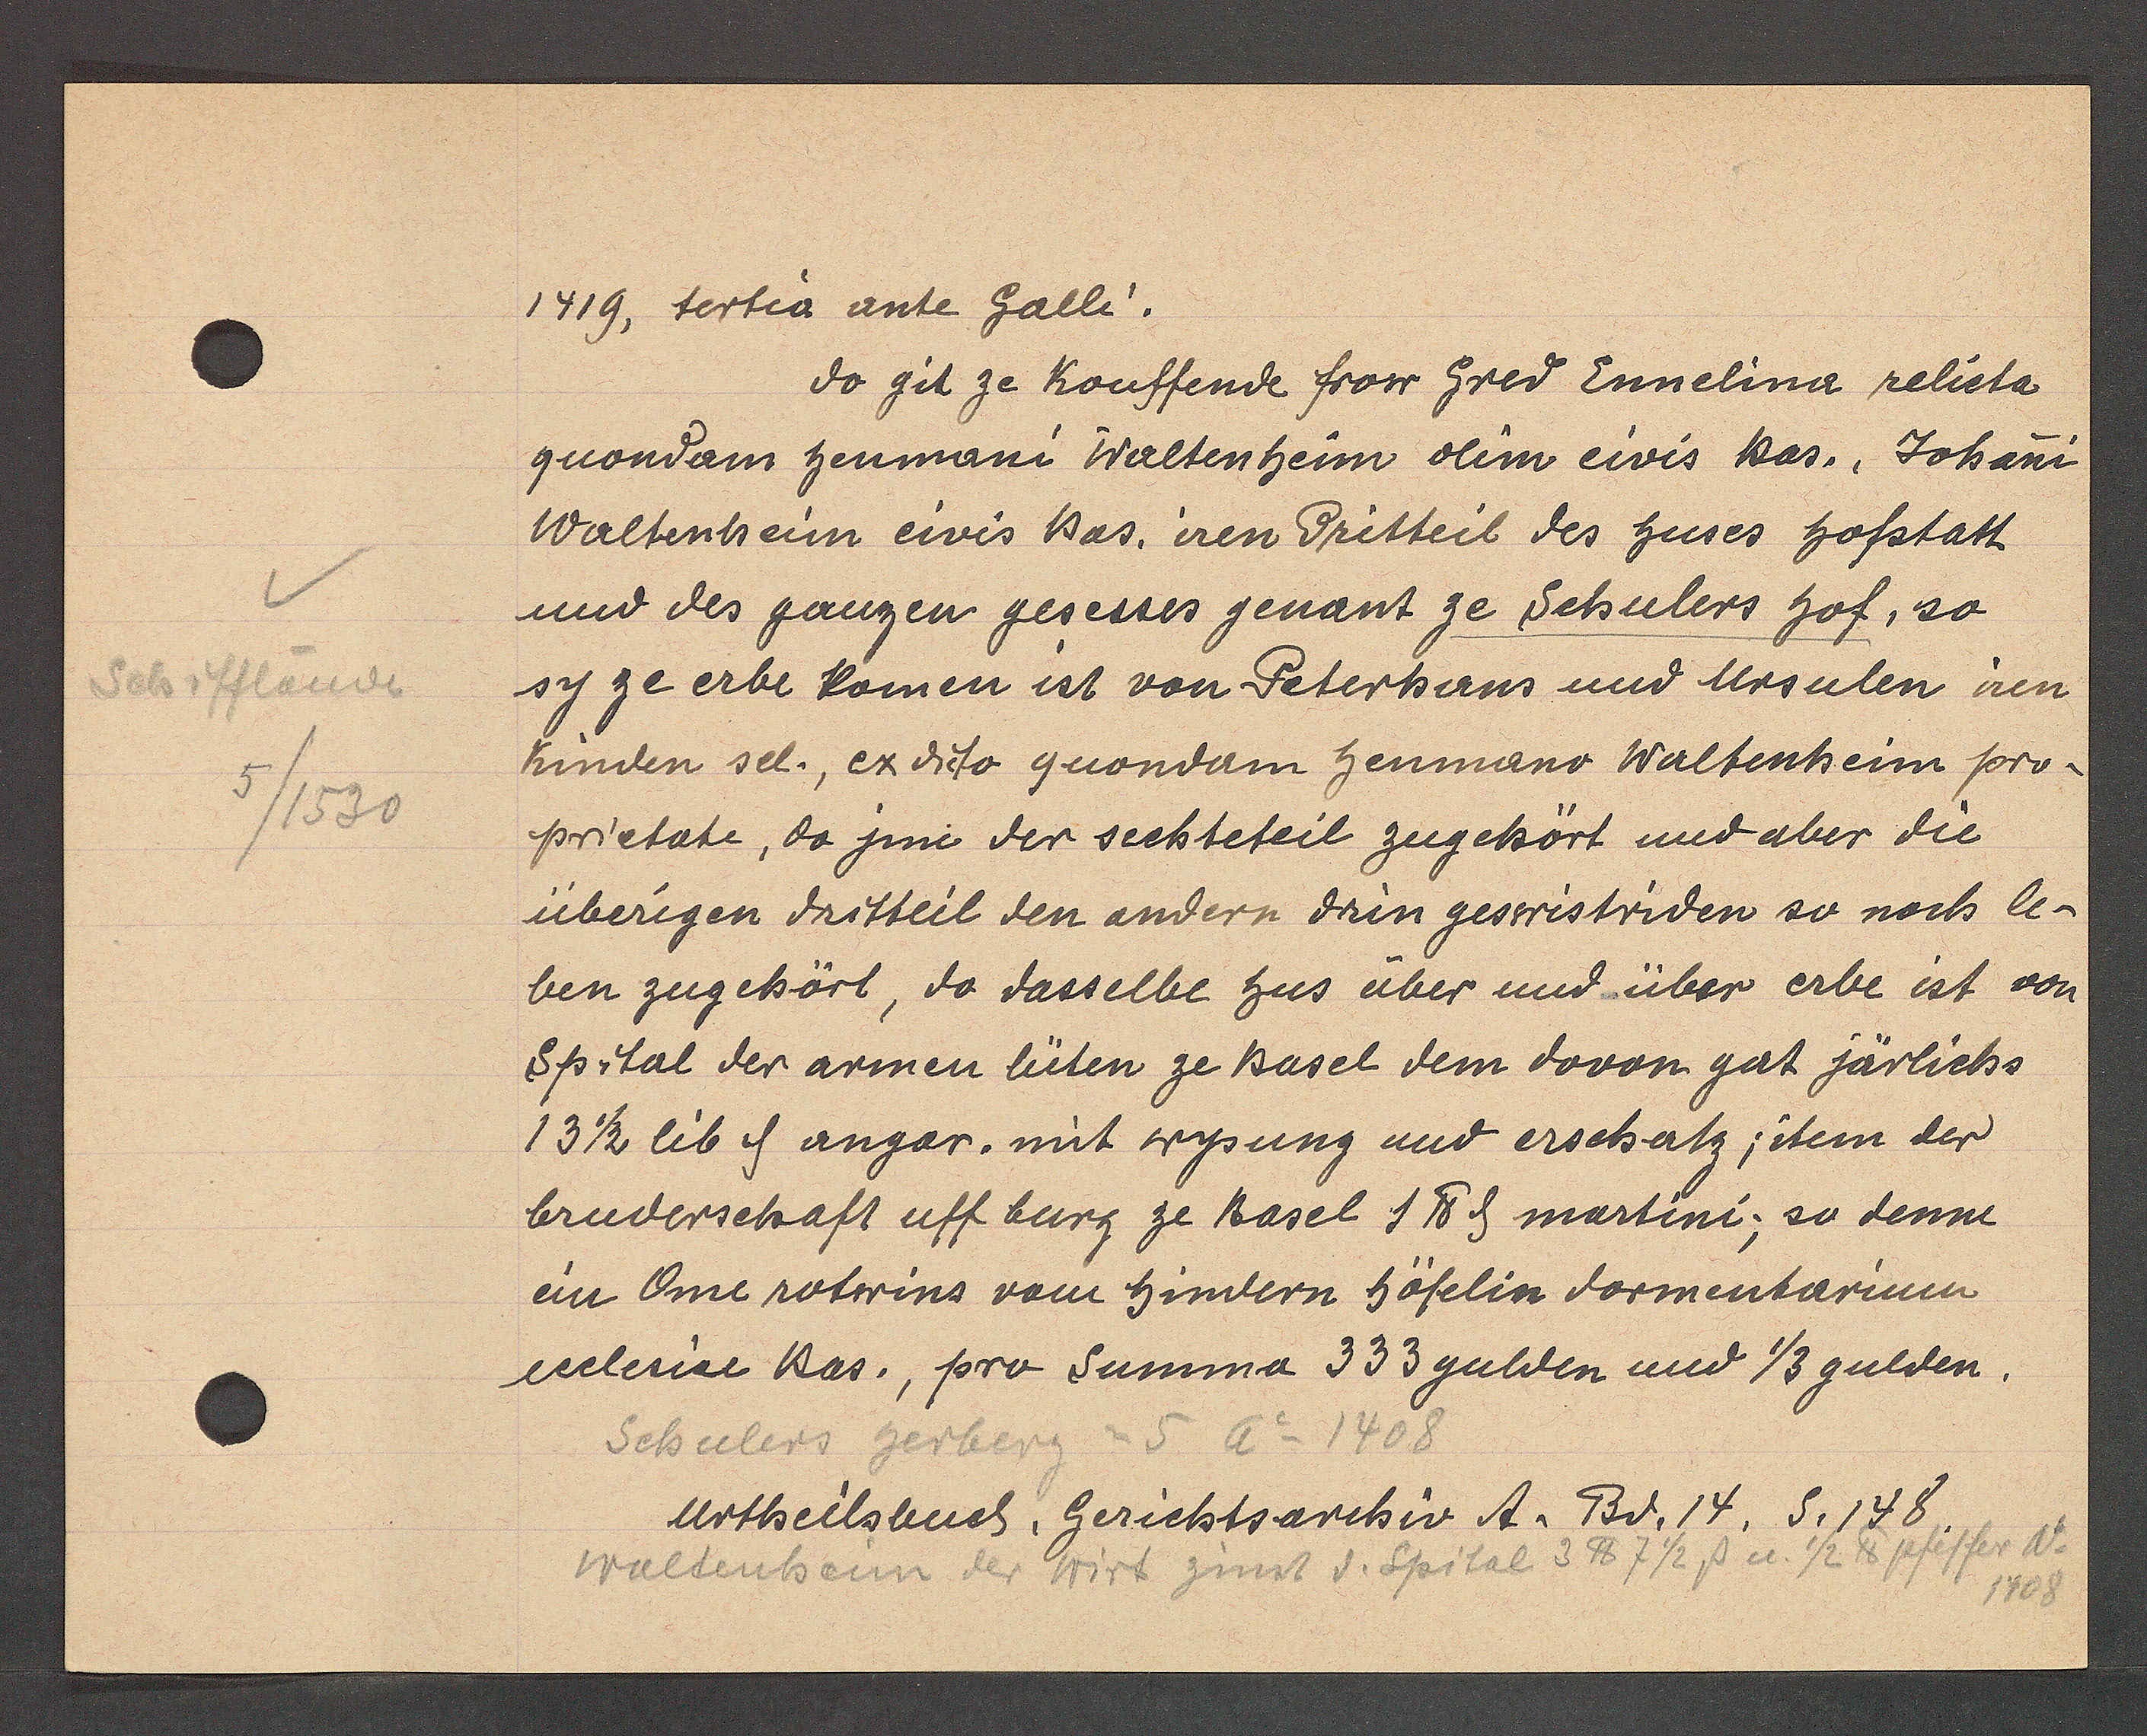
Transcript:
Schifflände
5/1530

1419, tertia ante Galli.

do git ze kouffende frow Gred Ennelina relicta
guondam henmani Waltenheim olim civis bas., Johani
Waltenheim eivis Bas. iren dritteil des huses hofstatt

und des ganzen geseses genant ze Schulers hof, so
sy ze erbe komen ist von Peterhaus und Ursulen iren
Kinden sel., exdicto guondam henmano Waltenheim pro¬
prietate, do jine der sechteteil zugehört und aber die
überigen dritteil den andern drin geswistriden so noch le¬
ben zugehört, do dasselbe hus über und über erbe ist von
Spital der armen lüten ze Basel dem dovon gat järlichs
13 1/2 lib ȡ angar. mit wysung und erschatz; item der

bruderschaft uff burg ze Basel 1℔ ȡ martini; so denne
ein One rotwins vom hindern höfelin dormentarium
ecclesiae Bas., pro Summa 333 gulden und 1/3 gulden,
=5 Ao 1408
Schulers herberg
waltenheim der Wirt zinst d. Spital 3 ℔ 7 1/2 ß u. 1/2 ℔ pfeffer No

Urtheilsbuch, Gerichtsarchiv t. Bd. 14. S. 148.